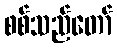
စစ်သည်တော်